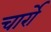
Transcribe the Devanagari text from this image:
चार्रो